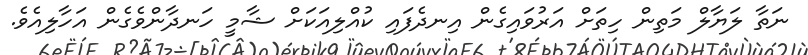
ނަތާ ލަޔާލް މަތިން ހިތަށް އަރުވައިގެން އިނދެފައި ކުއްލިއަކަށް ޝާމީ ހަނދާންވެގެން އަހާލިއެވެ.